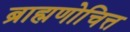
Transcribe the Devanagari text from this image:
ब्राह्मणोचित्त